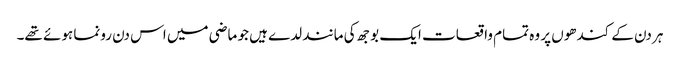
ہر دن کے کندھوں پر وہ تمام واقعات ایک بوجھ کی مانند لدے ہیں جو ماضی میں اس دن رونما ہوئے تھے۔